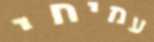
עמיחי